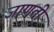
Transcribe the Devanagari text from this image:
जाणती